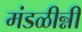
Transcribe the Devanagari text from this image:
मंडळीन्नी